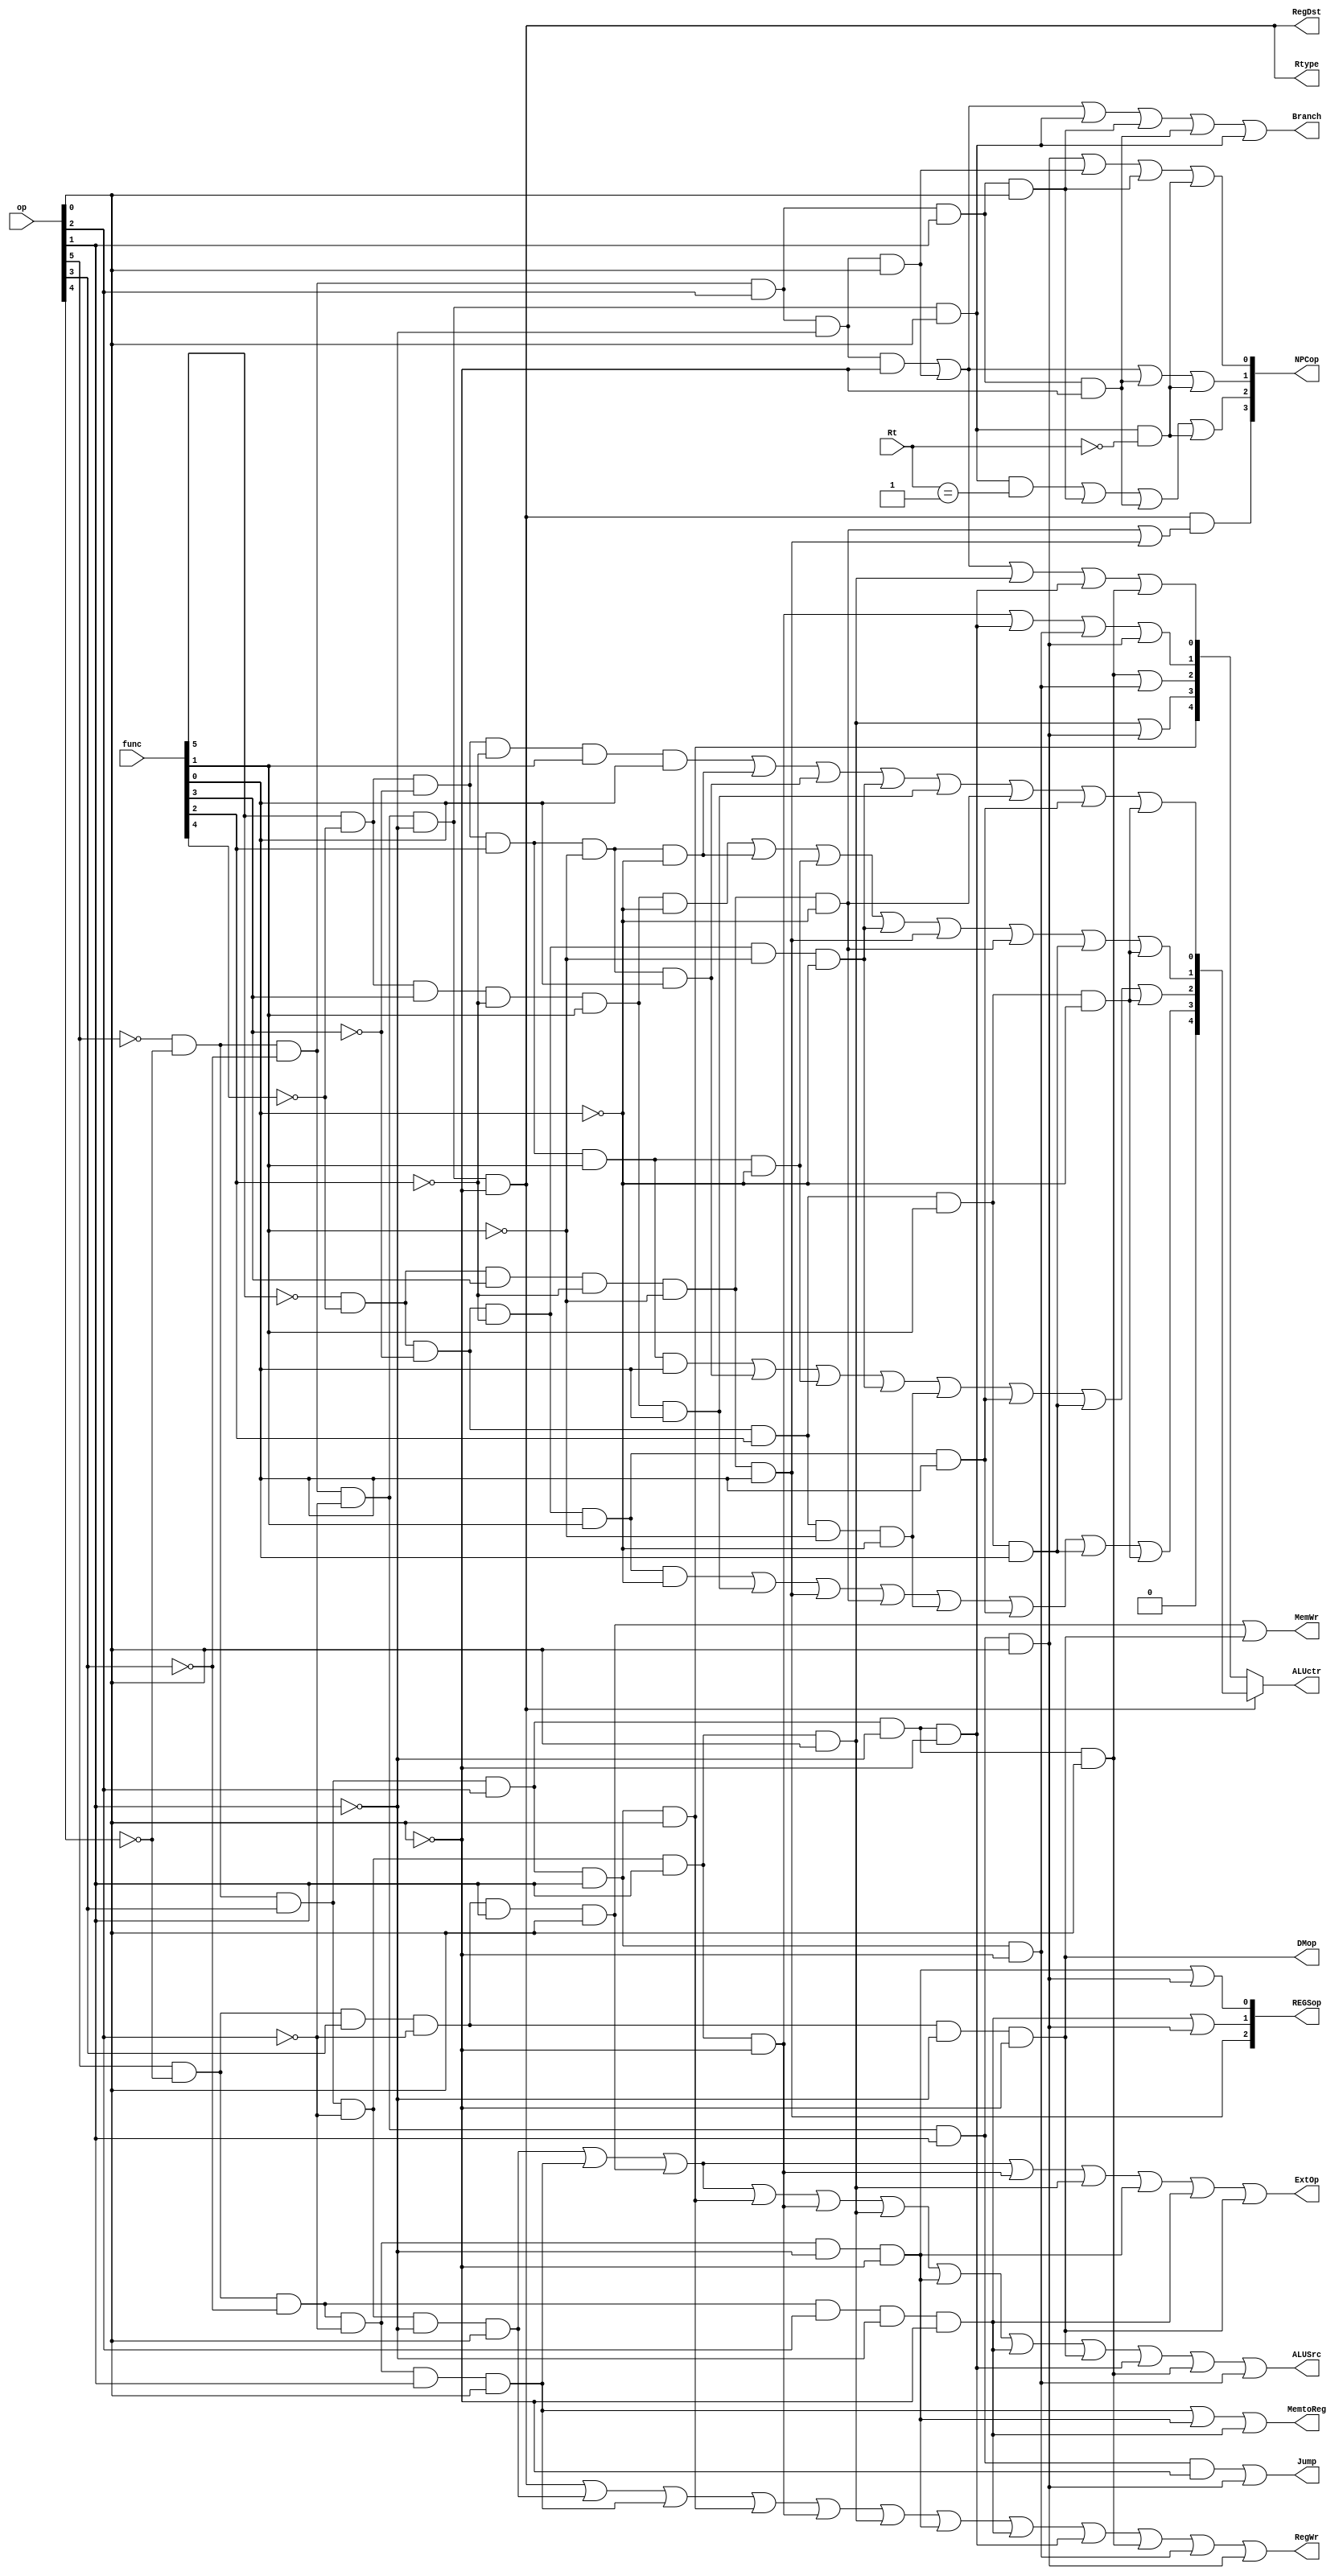
module controller(op, func, Rt, RegWr, ALUSrc, RegDst, MemtoReg, MemWr, Branch, Jump, ExtOp, Rtype, ALUctr, NPCop, DMop, REGSop);
    input[5:0] op, func;
    input[4:0] Rt;

    output RegWr, ALUSrc, RegDst, MemtoReg, MemWr, Branch, Jump, ExtOp, Rtype;
    output[4:0] ALUctr;
    output[3:0] NPCop;
    output DMop;
    output[2:0] REGSop;

    wire[4:0] FuncOp, ALUop;

    //--------------------------------------------------------------------------
    //Instruction Sign
    wire r_addu = func[5] & !func[4] & !func[3] & !func[2] & !func[1] & func[0];
    wire r_subu = func[5] & !func[4] & !func[3] & !func[2] & func[1] & func[0];
    wire r_slt = func[5] & !func[4] & func[3] & !func[2] & func[1] & !func[0];
    wire r_and = func[5] & !func[4] & !func[3] & func[2] & !func[1] & !func[0];
    wire r_nor = func[5] & !func[4] & !func[3] & func[2] & func[1] & func[0];
    wire r_or = func[5] & !func[4] & !func[3] & func[2] & !func[1] & func[0];
    wire r_xor = func[5] & !func[4] & !func[3] & func[2] & func[1] & !func[0];
    wire r_sll = !func[5] & !func[4] & !func[3] & !func[2] & !func[1] & !func[0];
    wire r_srl = !func[5] & !func[4] & !func[3] & !func[2] & func[1] & !func[0];
    wire r_sltu = func[5] & !func[4] & func[3] & !func[2] & func[1] & func[0];
    wire r_jalr = !func[5] & !func[4] & func[3] & !func[2] & !func[1] & func[0];
    wire r_jr = !func[5] & !func[4] & func[3] & !func[2] & !func[1] & !func[0];
    wire r_sllv = !func[5] & !func[4] & !func[3] & func[2] & !func[1] & !func[0];
    wire r_sra = !func[5] & !func[4] & !func[3] & !func[2] & func[1] & func[0];
    wire r_srav = !func[5] & !func[4] & !func[3] & func[2] & func[1] & func[0];
    wire r_srlv = !func[5] & !func[4] & !func[3] & func[2] & func[1] & !func[0];

    wire i_addiu = !op[5] & !op[4] & op[3] & !op[2] & !op[1] & op[0];
    wire i_beq = !op[5] & !op[4] & !op[3] & op[2] & !op[1] & !op[0];
    wire i_bne = !op[5] & !op[4] & !op[3] & op[2] & !op[1] & op[0];
    wire i_lw = op[5] & !op[4] & !op[3] & !op[2] & op[1] & op[0];
    wire i_sw = op[5] & !op[4] & op[3] & !op[2] & op[1] & op[0];
    wire i_lui = !op[5] & !op[4] & op[3] & op[2] & op[1] & op[0];
    wire i_slti = !op[5] & !op[4] & op[3] & !op[2] & op[1] & !op[0];
    wire i_sltiu = !op[5] & !op[4] & op[3] & !op[2] & op[1] & op[0];
    wire i_bgez = !op[5] & !op[4] & !op[3] & !op[2] & !op[1] & op[0];
    wire i_bgtz = !op[5] & !op[4] & !op[3] & op[2] & op[1] & op[0];
    wire i_blez = !op[5] & !op[4] & !op[3] & op[2] & op[1] & !op[0];
    wire i_bltz = !op[5] & !op[4] & !op[3] & !op[2] & !op[1] & op[0];
    wire i_lb = op[5] & !op[4] & !op[3] & !op[2] & !op[1] & !op[0];
    wire i_lbu = op[5] & !op[4] & !op[3] & op[2] & !op[1] & !op[0];
    wire i_sb = op[5] & !op[4] & op[3] & !op[2] & !op[1] & !op[0];
    wire i_andi = !op[5] & !op[4] & op[3] & op[2] & !op[1] & !op[0];
    wire i_ori = !op[5] & !op[4] & op[3] & op[2] & !op[1] & op[0];
    wire i_xori = !op[5] & !op[4] & op[3] & op[2] & op[1] & !op[0];

    wire j_j = !op[5] & !op[4] & !op[3] & !op[2] & op[1] & !op[0];
    wire j_jal = !op[5] & !op[4] & !op[3] & !op[2] & op[1] & op[0];

    //--------------------------------------------------------------------------
    //SIGNctrl
    assign Rtype = !op[5] & !op[4] & !op[3] & !op[2] & !op[1] & !op[0];
    assign Branch = i_beq | i_bne | i_bgez | i_bgtz | i_blez | i_bltz;
    assign Jump = j_j | j_jal;
    assign RegDst = Rtype;
    assign ALUSrc = i_addiu | i_lw | i_sw | i_lui | i_slti | i_sltiu | i_lb | i_lbu | i_sb | i_andi | i_ori | i_xori;
    assign MemtoReg = i_lw | i_lb | i_lbu;
    assign RegWr = Rtype | i_addiu | i_lw | i_lui | i_slti | i_sltiu | i_lb | i_lbu | i_andi | i_ori | i_xori | j_jal;
    assign MemWr = i_sw | i_sb;
    assign ExtOp = i_addiu | i_lw | i_sw | i_slti | i_sltiu | i_lb | i_lbu | i_sb;

    //--------------------------------------------------------------------------
    //ALUctrl
    assign FuncOp[4] = 1'b0;
    assign FuncOp[3] = r_srl | r_sltu | r_jalr | r_jr | r_sllv | r_sra | r_srav | r_srlv;
    assign FuncOp[2] = r_nor | r_or | r_xor | r_sll | r_sllv | r_sra | r_srav | r_srlv;
    assign FuncOp[1] = r_slt | r_and | r_xor | r_sll | r_jalr | r_jr | r_srav | r_srlv;
    assign FuncOp[0] = r_subu | r_and | r_or | r_sll | r_sltu | r_jr | r_sra | r_srlv;

    assign ALUop[4] = i_lui;
    assign ALUop[3] = i_sltiu | j_jal;
    assign ALUop[2] = i_ori | i_xori;
    assign ALUop[1] = i_slti | i_andi | i_xori | j_jal;
    assign ALUop[0] = i_beq | i_bne | i_sltiu | i_andi | i_ori; 
    
    assign ALUctr = Rtype ? FuncOp : ALUop;
    
    //--------------------------------------------------------------------------
    //NPCctrl
    assign NPCop[3] = Rtype & (r_jr | r_jalr);
    assign NPCop[2] = (i_bgez && Rt == 5'b1) | i_bgtz | i_blez | (i_bltz && Rt == 5'b0);
    assign NPCop[1] =  i_beq | i_bne | i_blez | (i_bltz && Rt == 5'b0);
    assign NPCop[0] = j_jal | i_bne | i_bgtz | (i_bltz && Rt == 5'b0);

    //--------------------------------------------------------------------------
    //DMctrl
    assign DMop = i_sb;

    //--------------------------------------------------------------------------
    //REGSctrl
    assign REGSop[2] = r_jalr;
    assign REGSop[1] = i_lbu | j_jal;
    assign REGSop[0] = i_lb | j_jal;

endmodule